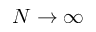
N \rightarrow \infty